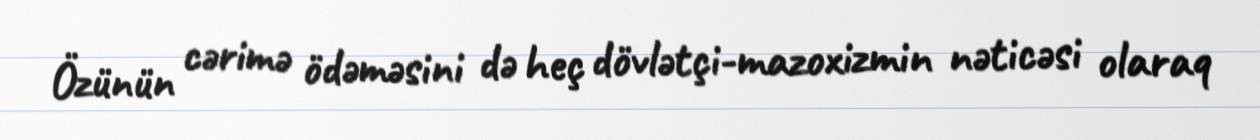
Özünün cərimə ödəməsini də heç dövlətçi-mazoxizmin nəticəsi olaraq